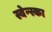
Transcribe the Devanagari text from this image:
स्वेन्स्का